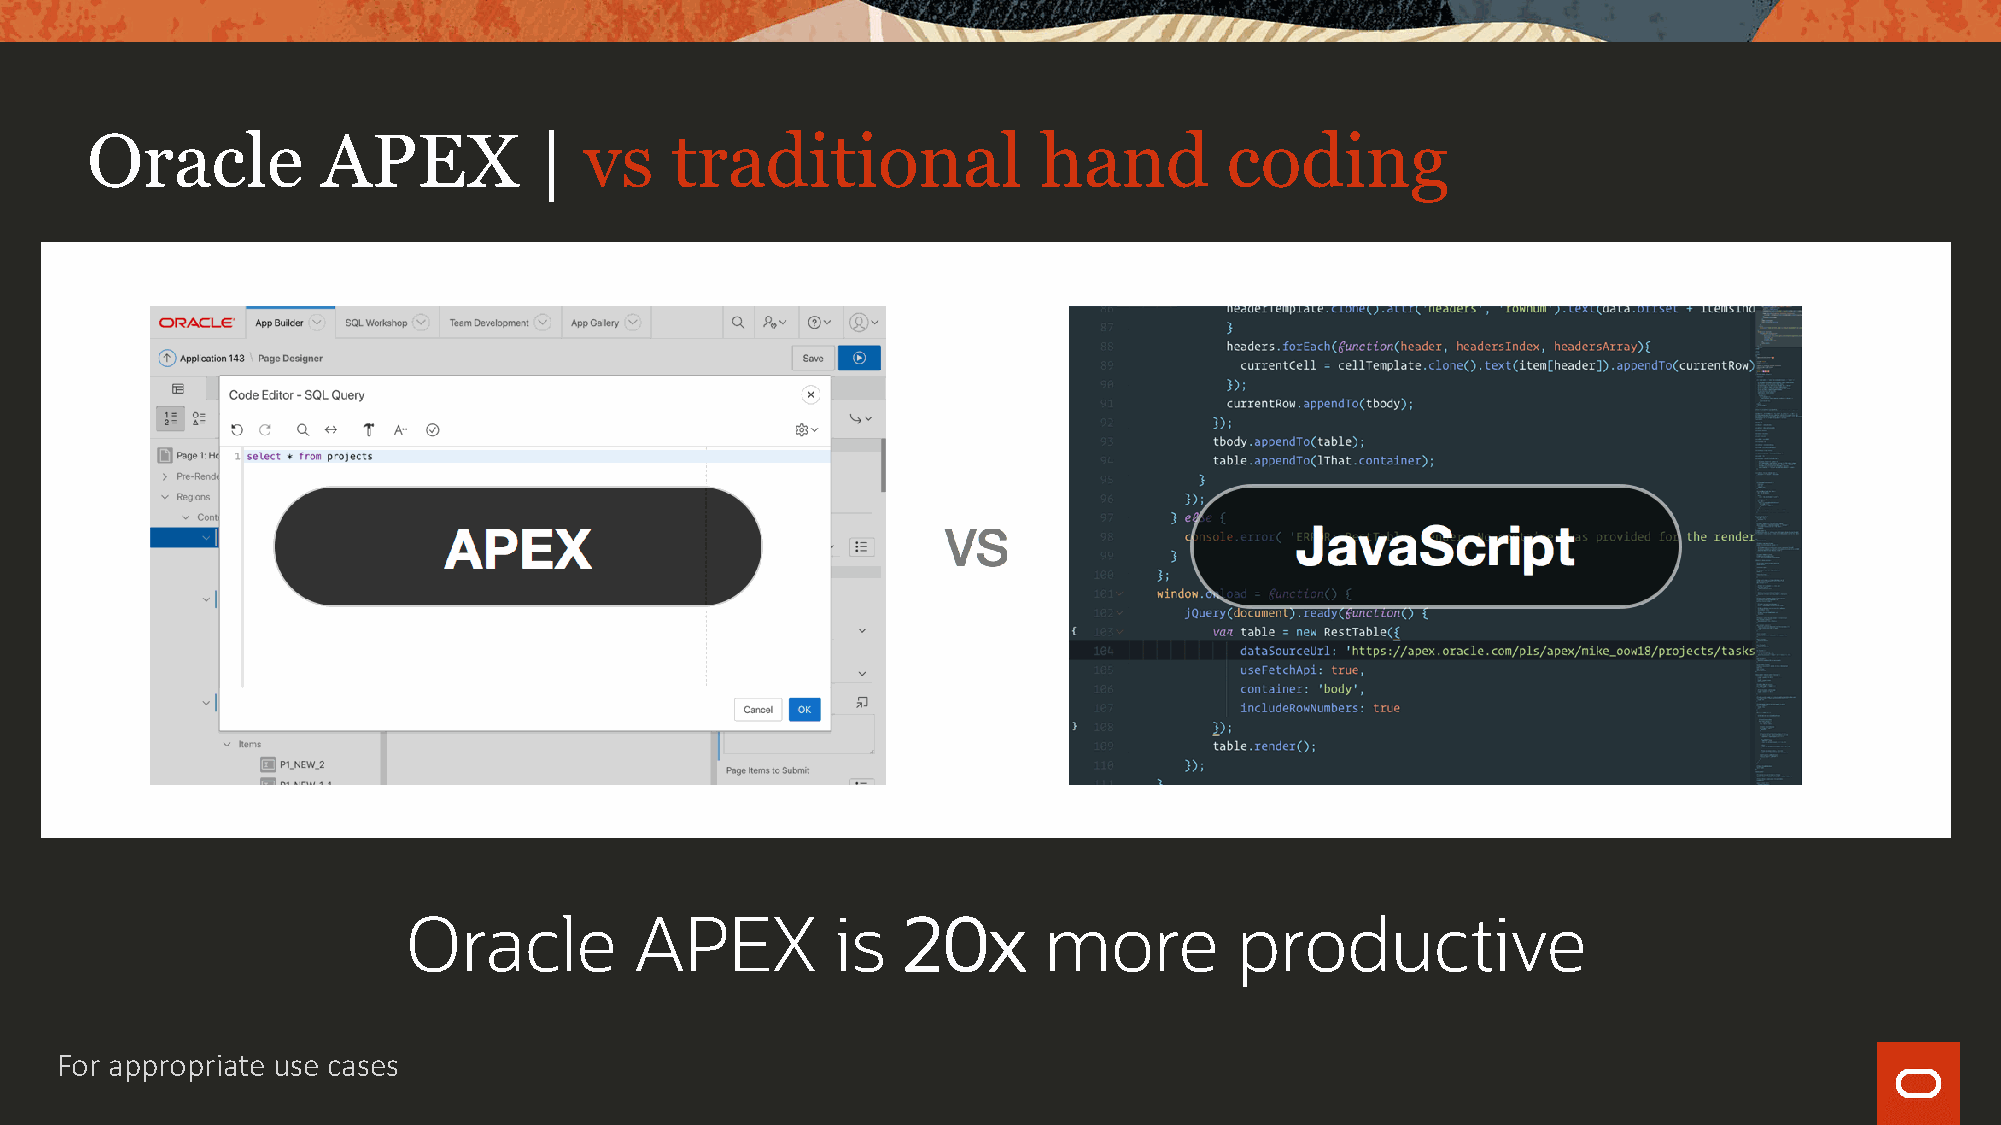
Oracle         APEX           |  vs   traditional              hand        coding
 Oracle         APEX         is   20x      more         productive
 For appropriate use cases